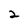
Character: 2